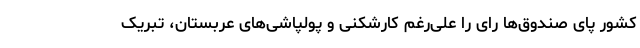
کشور پای صندوق‌ها رای را علی‌رغم کارشکنی و پولپاشی‌های عربستان، تبریک